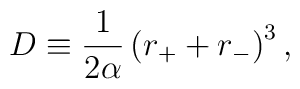
D\equiv \frac{1}{2\alpha} \left( r_+ + r_-\right)^3,